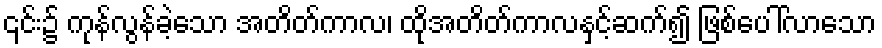
၎င်း၌ ကုန်လွန်ခဲ့သော အတိတ်ကာလ၊ ထိုအတိတ်ကာလနှင့်ဆက်၍ ဖြစ်ပေါ်လာသော